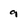
Character: 9